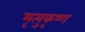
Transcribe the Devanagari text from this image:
मृत्युकृष्ण